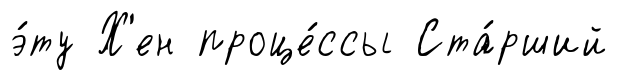
э́ту Х'ен проце́ссы Ста́рший